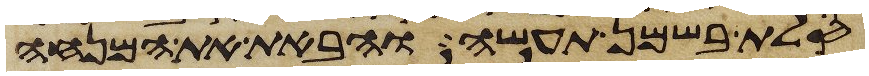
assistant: סלת בשמן תעשה והבאת את המנחה